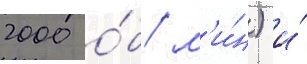
2000 о́б/ м'и́н) и́